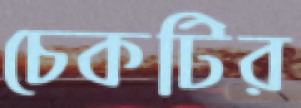
চেকটির